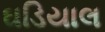
ઘડિયાલ